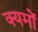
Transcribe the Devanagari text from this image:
क्यमों